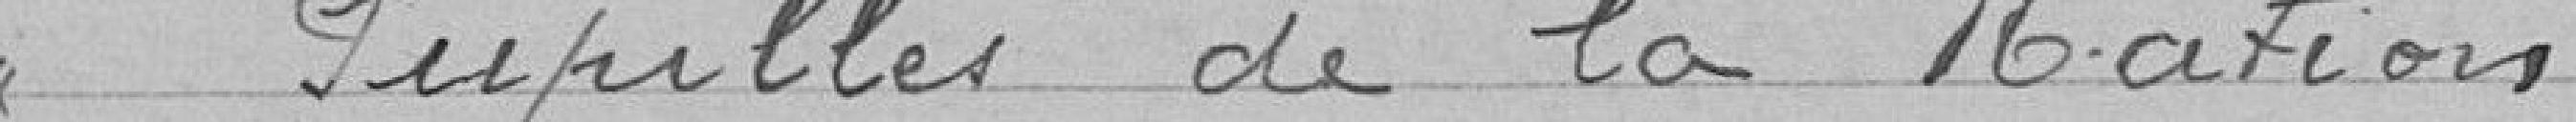
> Pupilles de la Nation